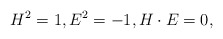
\begin{align*}H^{2} = 1, E^{2} = -1, H \cdot E = 0,\end{align*}